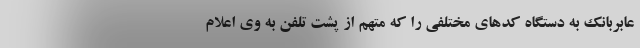
عابربانک به دستگاه کدهای مختلفی را که متهم از پشت تلفن به وی اعلام